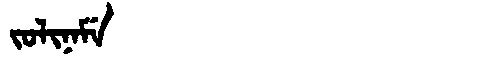
Manchu: ᠵᠣᠯᡳᠨᠠᠮᡝ
Romanization: JOLINAME